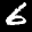
Label: 6